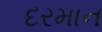
દરમાન